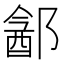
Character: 𬪓